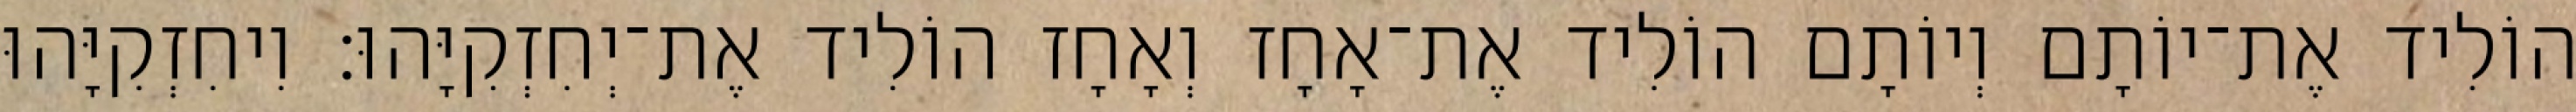
הוֹלִיד אֶת־יוֹתָם וְיוֹתָם הוֹלִיד אֶת־אָחָז וְאָחָז הוֹלִיד אֶת־יְחִזְקִיָּהוּ׃ וִיחִזְקִיָּהוּ